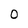
Character: O